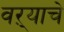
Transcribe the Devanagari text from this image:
वऱ्याचे